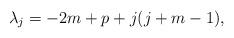
LaTeX: \begin{align*}\lambda_j=-2m+p+j(j+m-1),\end{align*}